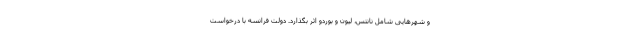
و شهرهایی شامل نانتس، لیون و بوردو اثر بگذارد. دولت فرانسه با درخواست